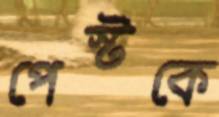
পেস্টকে